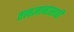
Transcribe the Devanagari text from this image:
तत्त्वज्ञानासाठी